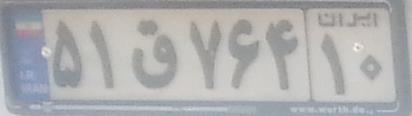
۵۱ق۷۶۴۱۰